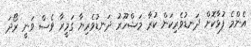
އެންމެ ފުޅާކޮށް ދަނޑުވެރިކަން ކުރާ މަޝްހޫރު ދަނޑުވެރިޔާ ގަމީރާ ވެސް ވަނީ ރޯދަ